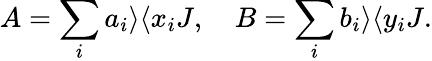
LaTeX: A=\sum_{i}a_{i}\rangle\langle x_{i}J,\ \ \ \ B=\sum_{i}b_{i}\rangle\langle y_{i}J.